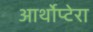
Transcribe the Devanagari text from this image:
आर्थोप्टेरा